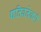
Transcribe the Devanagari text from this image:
पतिव्रतेवरी